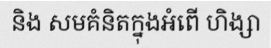
និង សមគំនិតក្នុងអំពើ ហិង្សា